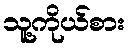
သူ့ကိုယ်စား